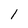
Character: 1